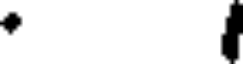
.